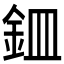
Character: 𫒏